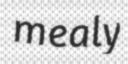
mealy